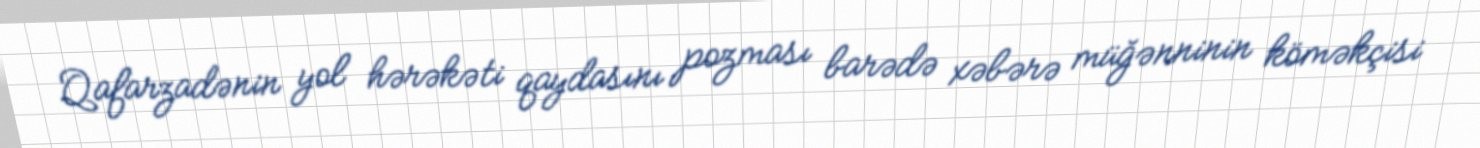
Qafarzadənin yol hərəkəti qaydasını pozması barədə xəbərə müğənninin köməkçisi